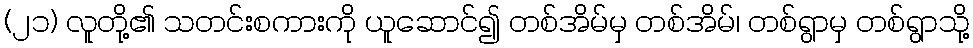
(၂၁) လူတို့၏ သတင်းစကားကို ယူဆောင်၍ တစ်အိမ်မှ တစ်အိမ်၊ တစ်ရွာမှ တစ်ရွာသို့